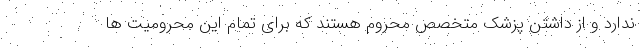
ندارد و از داشتن پزشک متخصص محروم هستند که برای تمام این محرومیت ها